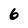
Character: 6